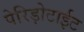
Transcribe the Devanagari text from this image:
पेरिड़ोटाईट